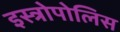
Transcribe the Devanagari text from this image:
इस्त्रोपोलिस